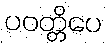
ပဝတ္တိပေ